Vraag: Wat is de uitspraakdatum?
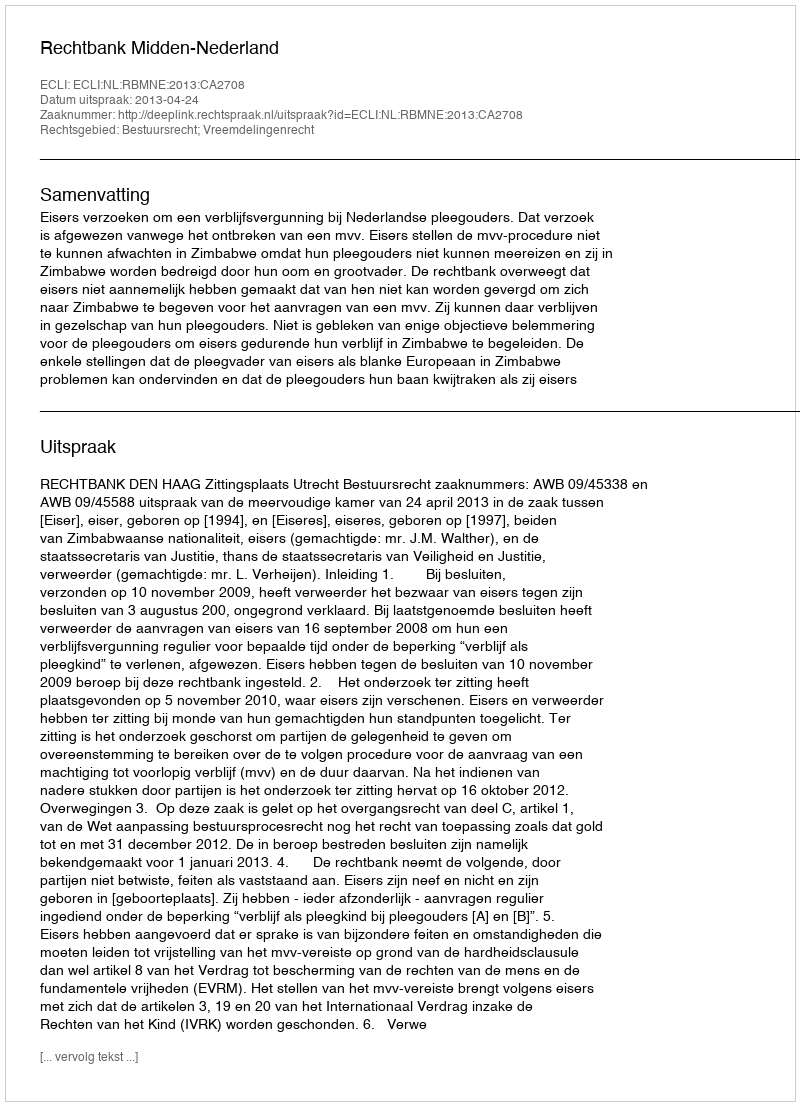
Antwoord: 2013-04-24